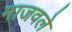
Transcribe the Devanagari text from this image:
माजवले